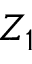
Z _ { 1 }